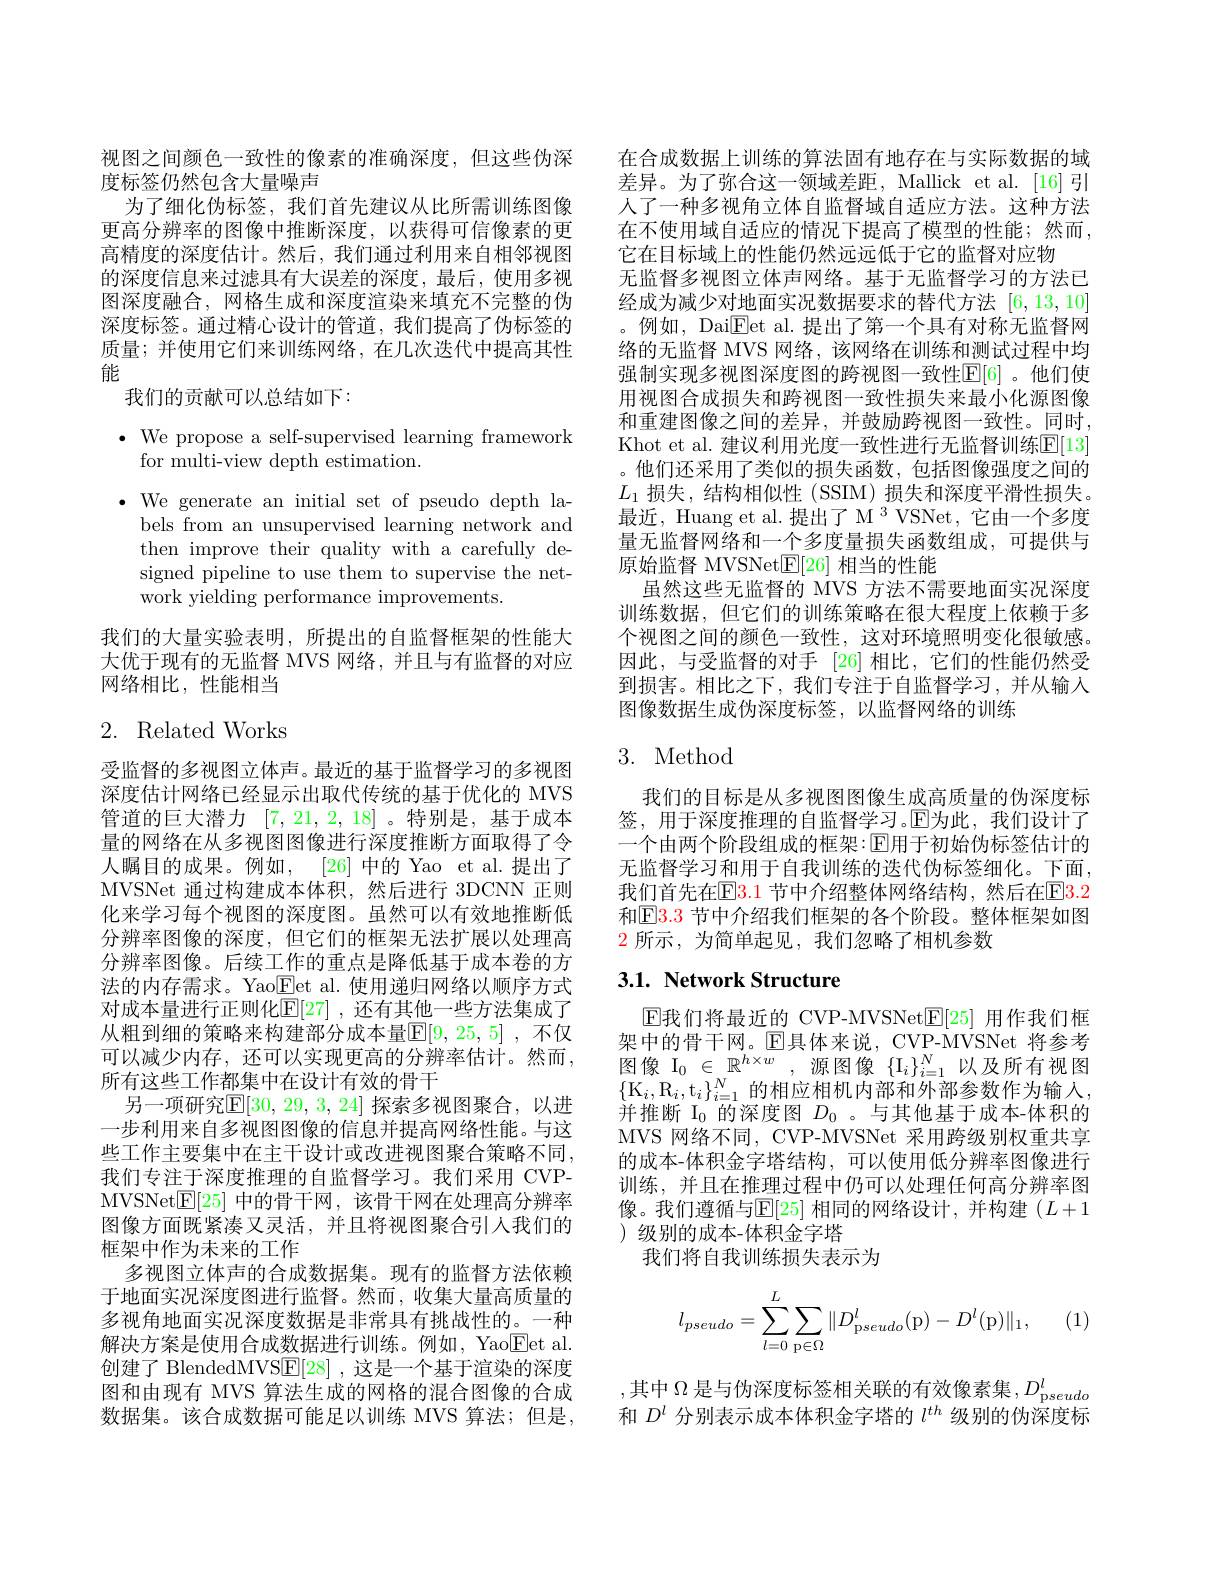
视图之间颜色一致性的像素的准确深度，但这些伪深
度标签仍然包含大量噪声
为了细化伪标签，我们首先建议从比所需训练图像更高分辨率的图像中推断深度，以获得可信像素的更高精度的深度估计。然后，我们通过利用来自相邻视图的深度信息来过滤具有大误差的深度，最后，使用多视图深度融合，网格生成和深度渲染来填充不完整的伪深度标签。通过精心设计的管道，我们提高了伪标签的质量；并使用它们来训练网络，在几次迭代中提高其性能
我们的贡献可以总结如下：
$\bullet$ We propose a self-supervised learning framework
for multi-view depth estimation.
$\bullet$ We generate an initial set of pseudo depth la-
bels from an unsupervised learning network and then improve their quality with a carefully designed pipeline to use them to supervise the network yielding performance improvements.

我们的大量实验表明，所提出的自监督框架的性能大大优于现有的无监督 MVS 网络，并且与有监督的对应网络相比，性能相当

## 2. Related Works

受监督的多视图立体声。最近的基于监督学习的多视图深度估计网络已经显示出取代传统的基于优化的 MVS 管道的巨大潜力[7,21,2,18] 。特别是，基于成本量的网络在从多视图图像进行深度推断方面取得了令人瞩目的成果。例如，[26] 中的 Yao et al.提出了MVSNet 通过构建成本体积，然后进行 3DCNN 正则化来学习每个视图的深度图。虽然可以有效地推断低分辨率图像的深度，但它们的框架无法扩展以处理高分辨率图像。后续工作的重点是降低基于成本卷的方法的内存需求。Yao$\underline{\underline{\mathrm{E}}}$et al.使用递归网络以顺序方式对成本量进行正则化$\mathbb{E}[27]$ ,还有其他一些方法集成了从粗到细的策略来构建部分成本量$\mathbb{E}[9,25,5]$ ,不仅可以减少内存，还可以实现更高的分辨率估计。然而， 所有这些工作都集中在设计有效的骨干
另一项研究$\mathbb{E}[30,29,3,24]$ 探索多视图聚合，以进一步利用来自多视图图像的信息并提高网络性能。与这些工作主要集中在主干设计或改进视图聚合策略不同， 我们专注于深度推理的自监督学习。我们采用 CVPMVSNet$\boxed{\mathrm{E}}[25]$中的骨干网，该骨干网在处理高分辨率图像方面既紧凑又灵活，并且将视图聚合引人我们的框架中作为未来的工作
多视图立体声的合成数据集。现有的监督方法依赖于地面实况深度图进行监督。然而，收集大量高质量的多视角地面实况深度数据是非常具有挑战性的。一种解决方案是使用合成数据进行训练。例如，Yao$\underline{\mathrm{E}}$et al. 创建了 BlendedMVS$\underline{\mathrm{E}}[28]$ ,这是一个基于渲染的深度图和由现有 MVS 算法生成的网格的混合图像的合成数据集。该合成数据可能足以训练 MVS 算法；但是，

在合成数据上训练的算法固有地存在与实际数据的域差异。为了弥合这一领域差距，Mallick et al.[16]引人了一种多视角立体自监督域自适应方法。这种方法在不使用域自适应的情况下提高了模型的性能；然而， 它在目标域上的性能仍然远远低于它的监督对应物
无监督多视图立体声网络。基于无监督学习的方法已经成为减少对地面实况数据要求的替代方法[6,13,10] 。例如，Dai$\underline{\mathrm{Eet~al.~提出了第一个具有对称无监督网}}$ 络的无监督 MVS 网络，该网络在训练和测试过程中均强制实现多视图深度图的跨视图一致性$\mathbb{E}[6]$ 。他们使用视图合成损失和跨视图一致性损失来最小化源图像和重建图像之间的差异，并鼓励跨视图一致性。同时， Khot et al. 建议利用光度一致性进行无监督训练$\mathbb{E}[13]$ 。他们还采用了类似的损失函数，包括图像强度之间的$L_1$损失，结构相似性 (SSIM) 损失和深度平滑性损失。最近，Huang et al.提出了 M $^3$ VSNet, 它由一个多度量无监督网络和一个多度量损失函数组成，可提供与原始监督 MVSNet$\mathbb{E}[26]$相当的性能
虽然这些无监督的 MVS 方法不需要地面实况深度训练数据，但它们的训练策略在很大程度上依赖于多个视图之间的颜色一致性，这对环境照明变化很敏感。因此，与受监督的对手[26]相比，它们的性能仍然受到损害。相比之下，我们专注于自监督学习，并从输入图像数据生成伪深度标签，以监督网络的训练

# 3. Method

我们的目标是从多视图图像生成高质量的伪深度标签，用于深度推理的自监督学习。$\mathbb{E}$为此，我们设计了一个由两个阶段组成的框架：[ $E]$用于初始伪标签估计的无监督学习和用于自我训练的迭代伪标签细化。下面， 我们首先在E$B. 1$ 节中介绍整体网络结构，然后在E3.2和$\mathbb{E}\color{red}{3.3}$ 节中介绍我们框架的各个阶段。整体框架如图$\color{red}2$所示，为简单起见，我们忽略了相机参数

# 3.1. Network Structure

$\operatorname { E\text{我 们 将 最 近 的 CVP- MVSNet}} [ \mathbb{E} [ 25]$用作我们框架中的骨干网。$\operatorname{E}$具体来说，CVP-MVSNet 将参考图像$\mathcal{I}_0\in\mathbb{R}^{h\times w}$,源图像$\{\mathcal{I}_i\}_i=1^N$以及所有视图$\{\mathrm{K}_i,\mathrm{R}_i,\mathrm{t}_i\}_{i=1}^N$的相应相机内部和外部参数作为输入， 并推断$\bar{\mathrm{I}_0\text{ 的深度图 }D_0\text{ 。与其他基于成本-体积的}}$ MVS 网络不同，CVP-MVSNet 采用跨级别权重共享的成本-体积金字塔结构，可以使用低分辨率图像进行训练，并且在推理过程中仍可以处理任何高分辨率图像。我们遵循与$\mathbb{E}[25]$ 相同的网络设计，并构建 $(L+1$ )级别的成本-体积金字塔
我们将自我训练损失表示为
$$l_{pseudo}=\sum\limits_{l=0}^{L}\sum\limits_{\text{p}\in\Omega}\|D_{\text{p}seudo}^{l}(\text{p})-D^{l}(\text{p})\|_{1},$$
(1)

,其中$\Omega$ 是与伪深度标签相关联的有效像素集$,D_\mathrm{pseudo}^l$ 和$D^l$分别表示成本体积金字塔的$l^{th}$级别的伪深度标